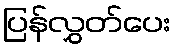
ပြန်လွှတ်ပေး